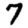
Digit: 7